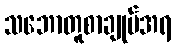
သဘောတူစာချုပ်အရ